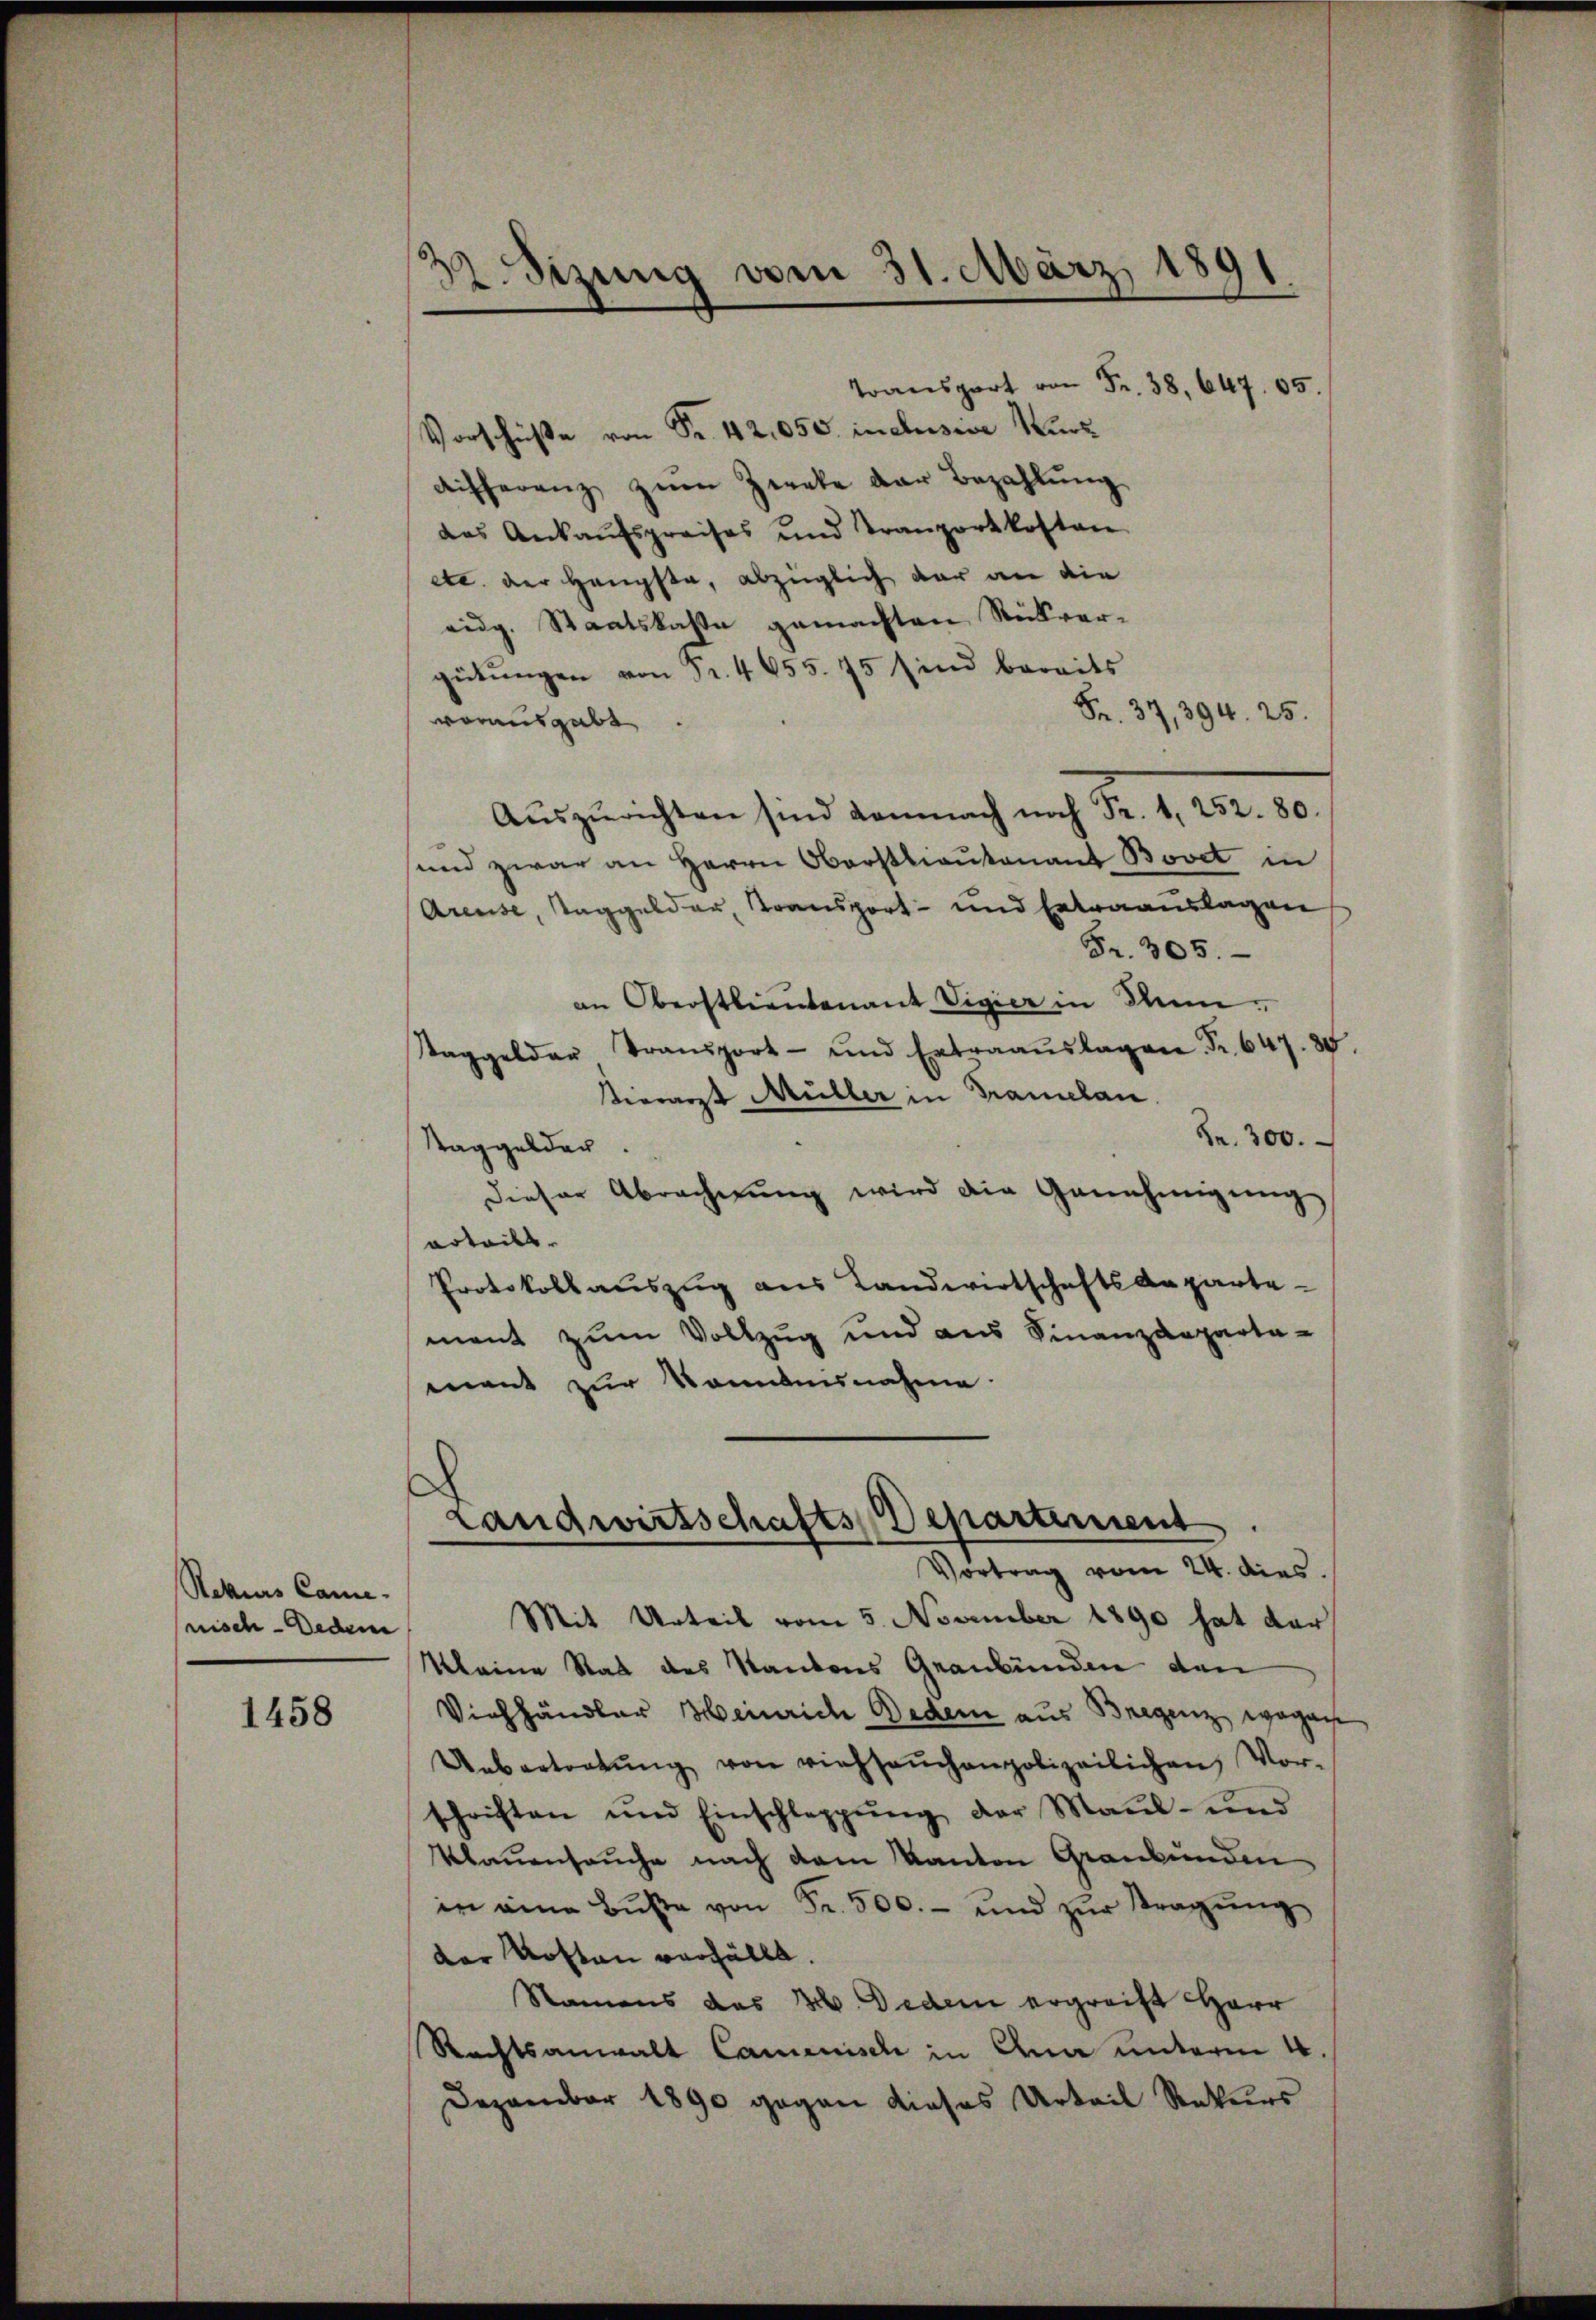
Rekurs Camenisch - Dedem

1458

A. Sizung vom 31. März 1891

Vorschüße von Fr. 42,050 inclusive Kurz
differenz zŭm Zweke der Bezahlŭng
das Ankaufspreises und Tranzortkosten
etc. der Haupta, abzüglich dar an die
eidg. Staatskasse gemachten Rückvergütungen von Fr. 4655. 75 sind bereits
Fr. 37, 394. 25.
vorausgabt
Auszurichten sind demnach noch Fr. 1, 252. 80.
sund zwar an Herrn Oberstkrautenant Bovet in
Areuse, Taggelder, Transport- und Extraauslagen
Fr. 305.
an Oberstlieutenant Vigier in Men¬
Taggelder Transport- und Extraaŭslagen Fr. 647. 38.
tierarzt Müller in Gramelan
Fr. 300.
Taggelder.
dieser Abrecherung wird die Genehmigung
arteils.
Protokollauszug aus Landwirtschaftsdepartement zum Vollzug und aus Finanzdeparta-
ment zur Kenntnisnahme
Landwirtschafts Departement
e
Vortrag vom 24. dies.
Mit Urteil vom 5. November 1890 hat der
Kleine Stat des Kantons Graubünden den
Viehhändler Heinrich Beden aus Bregenz wegen
Uebertretŭng von viehsaŭchenpolizeilichen Vor-
schriften und Einschleppung der Maul- und
Klauenseuche nach dem Kanton Graubünden
in eine Bŭβe von Fr. 500.- und zŭr Tragŭng
der Kosten verfällt.
Namens das 20. Jedem ergrecht Herr
Rechtsanwalt Camenisch in Ana unterm 4.
Dezember 1890 gegen dieses Urteil Rekurs

Transport von Fr. 38, 647. 65.